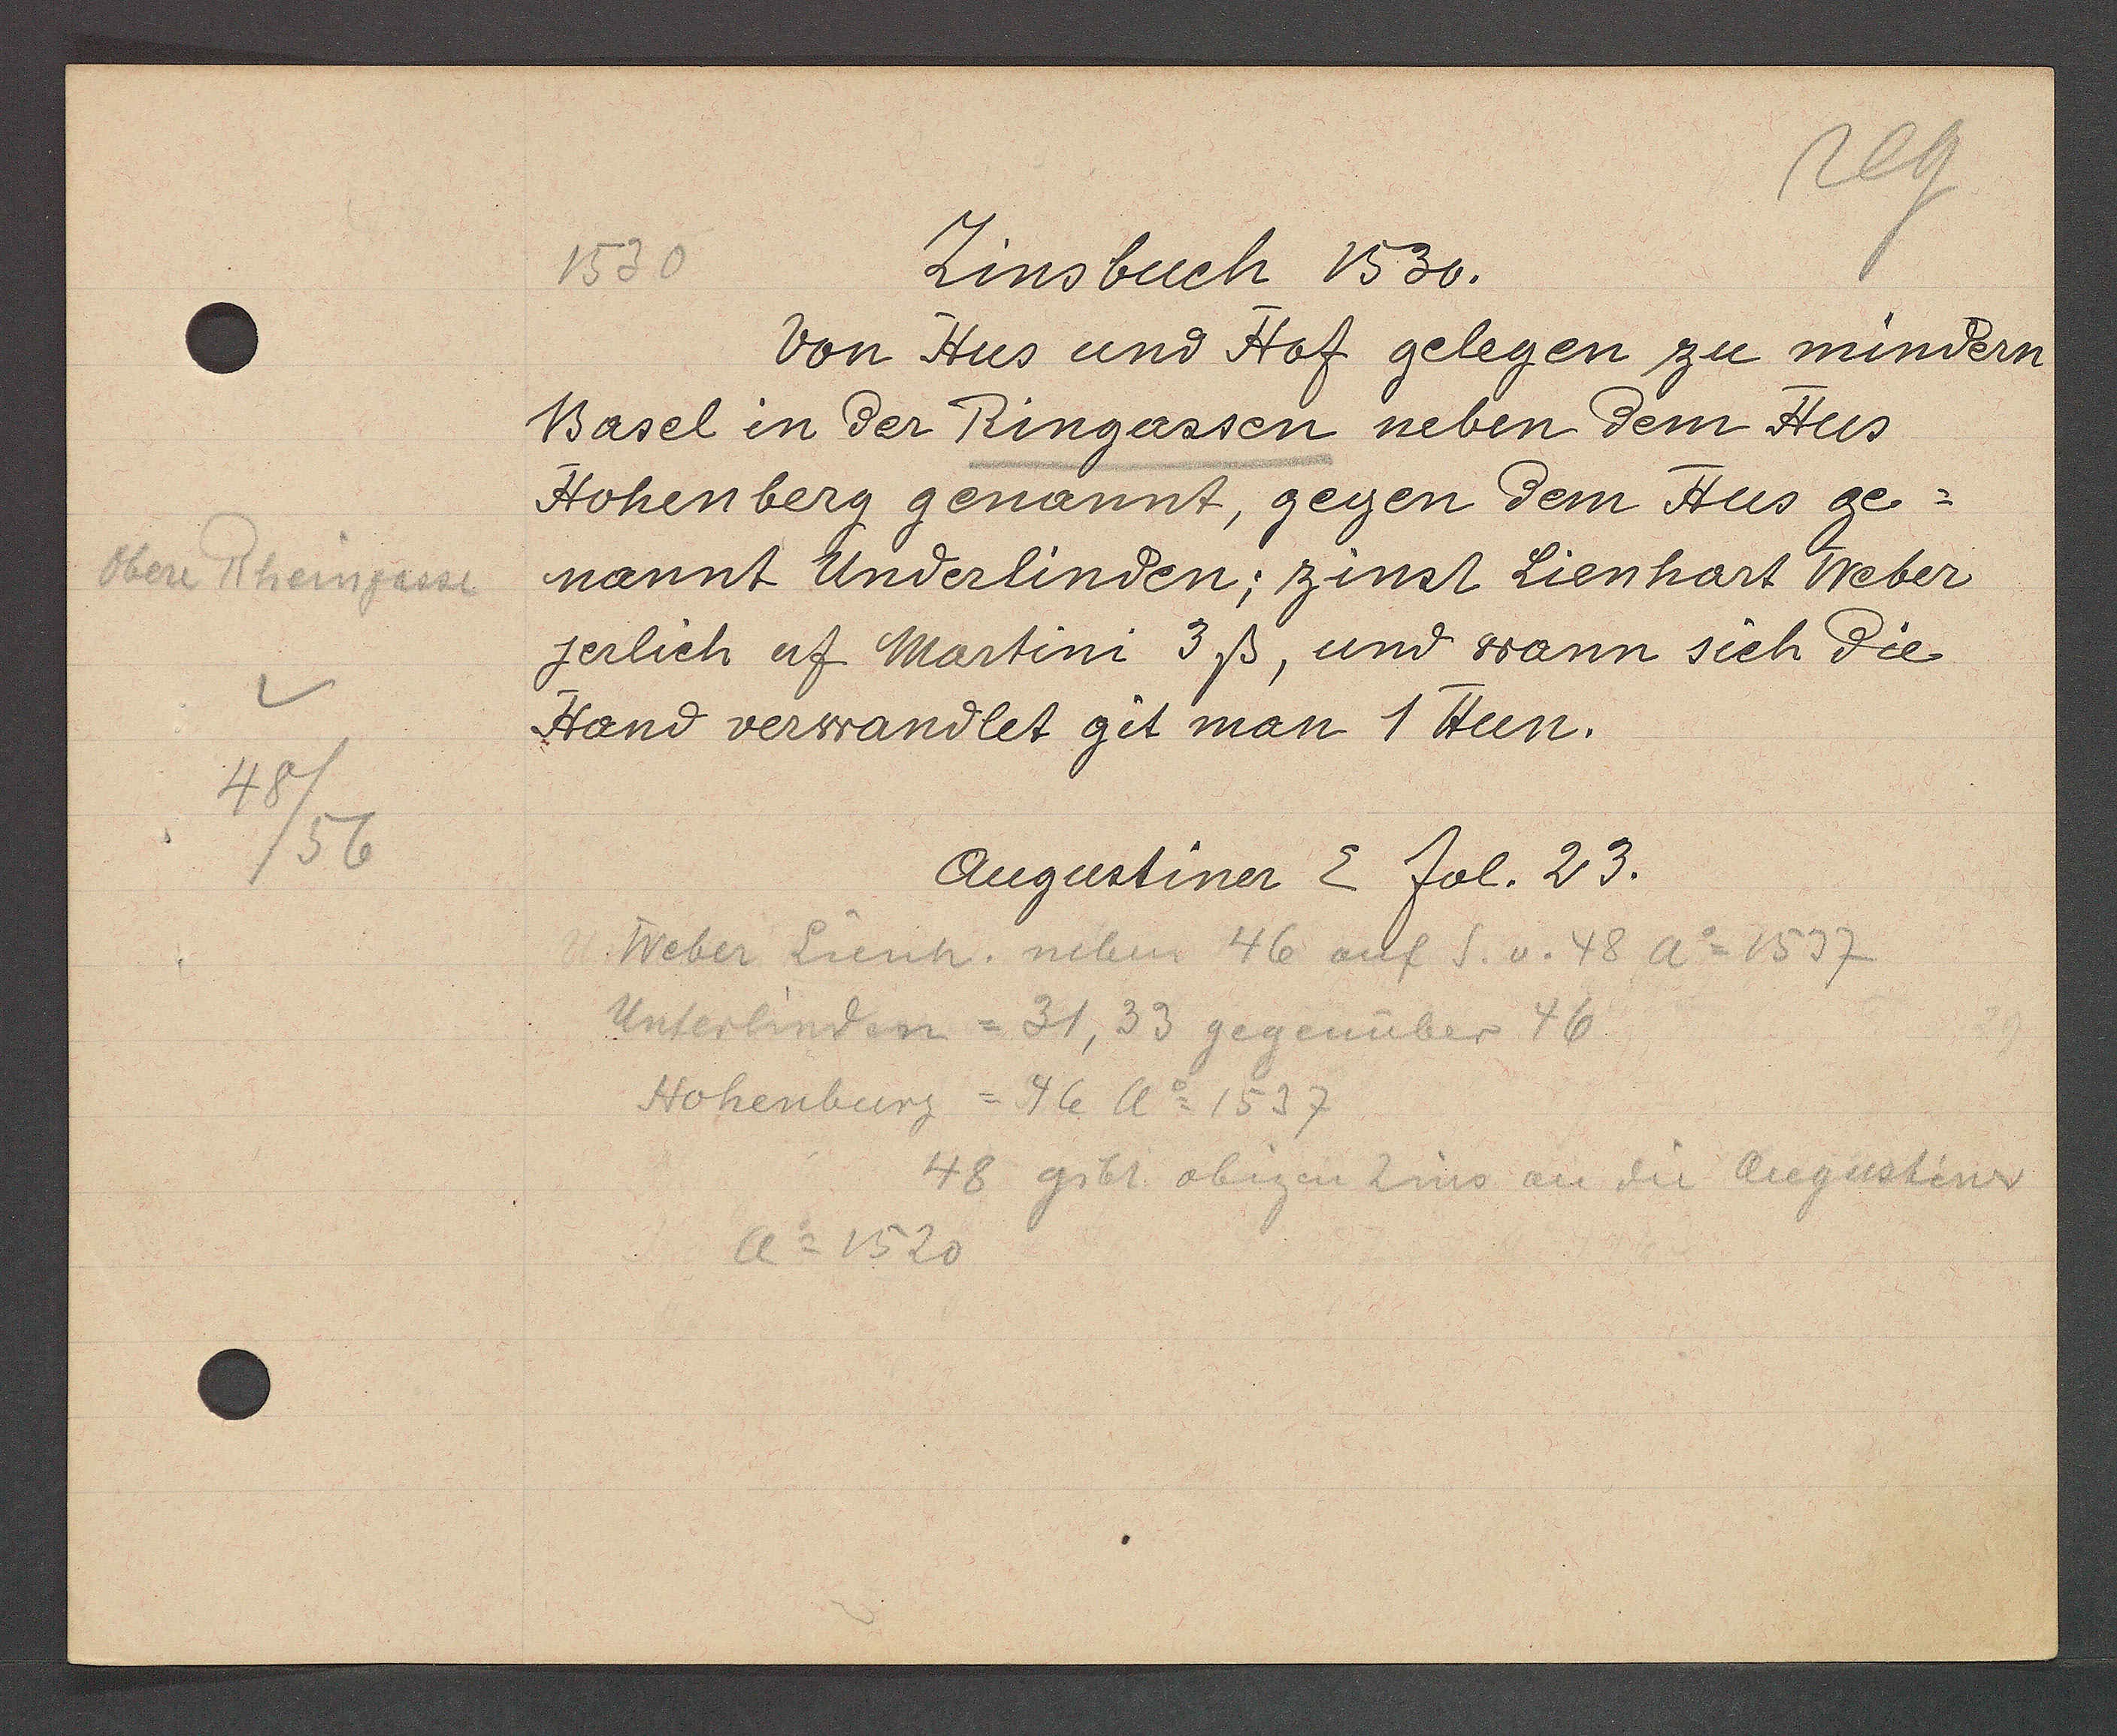
Transcript:
obere Rheingasse
48
/56

1530

Zinsbuch 1530.

von Hus und Hof gelegen zu mindern
Basel in der Ringassen neben dem Hus
Hohenberg genannt, gegen dem Hus ge-
nannt Underlinden, zinst Lienhart Weber
jerlich uf Martini 3ß, und wann sich die
Hand verwandlet git man 1 Hun.

Augustiner E fol. 23.

Weber Lienh. neben 46 auf S. v. 48 Ao 1537
Unterhinden = 31, 33 gegenüber 46
Hohenburg = 46 Ao 1537
48 gibt obigen Zins an die Augustiner
Ao 1520